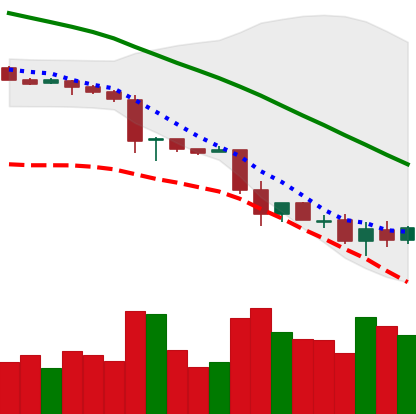
Ticker: LTC-USD
Chart end date: 2018-11-27
Forward return: 8.511%
Label: up_7plus